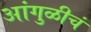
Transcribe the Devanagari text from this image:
आंगुळीचं